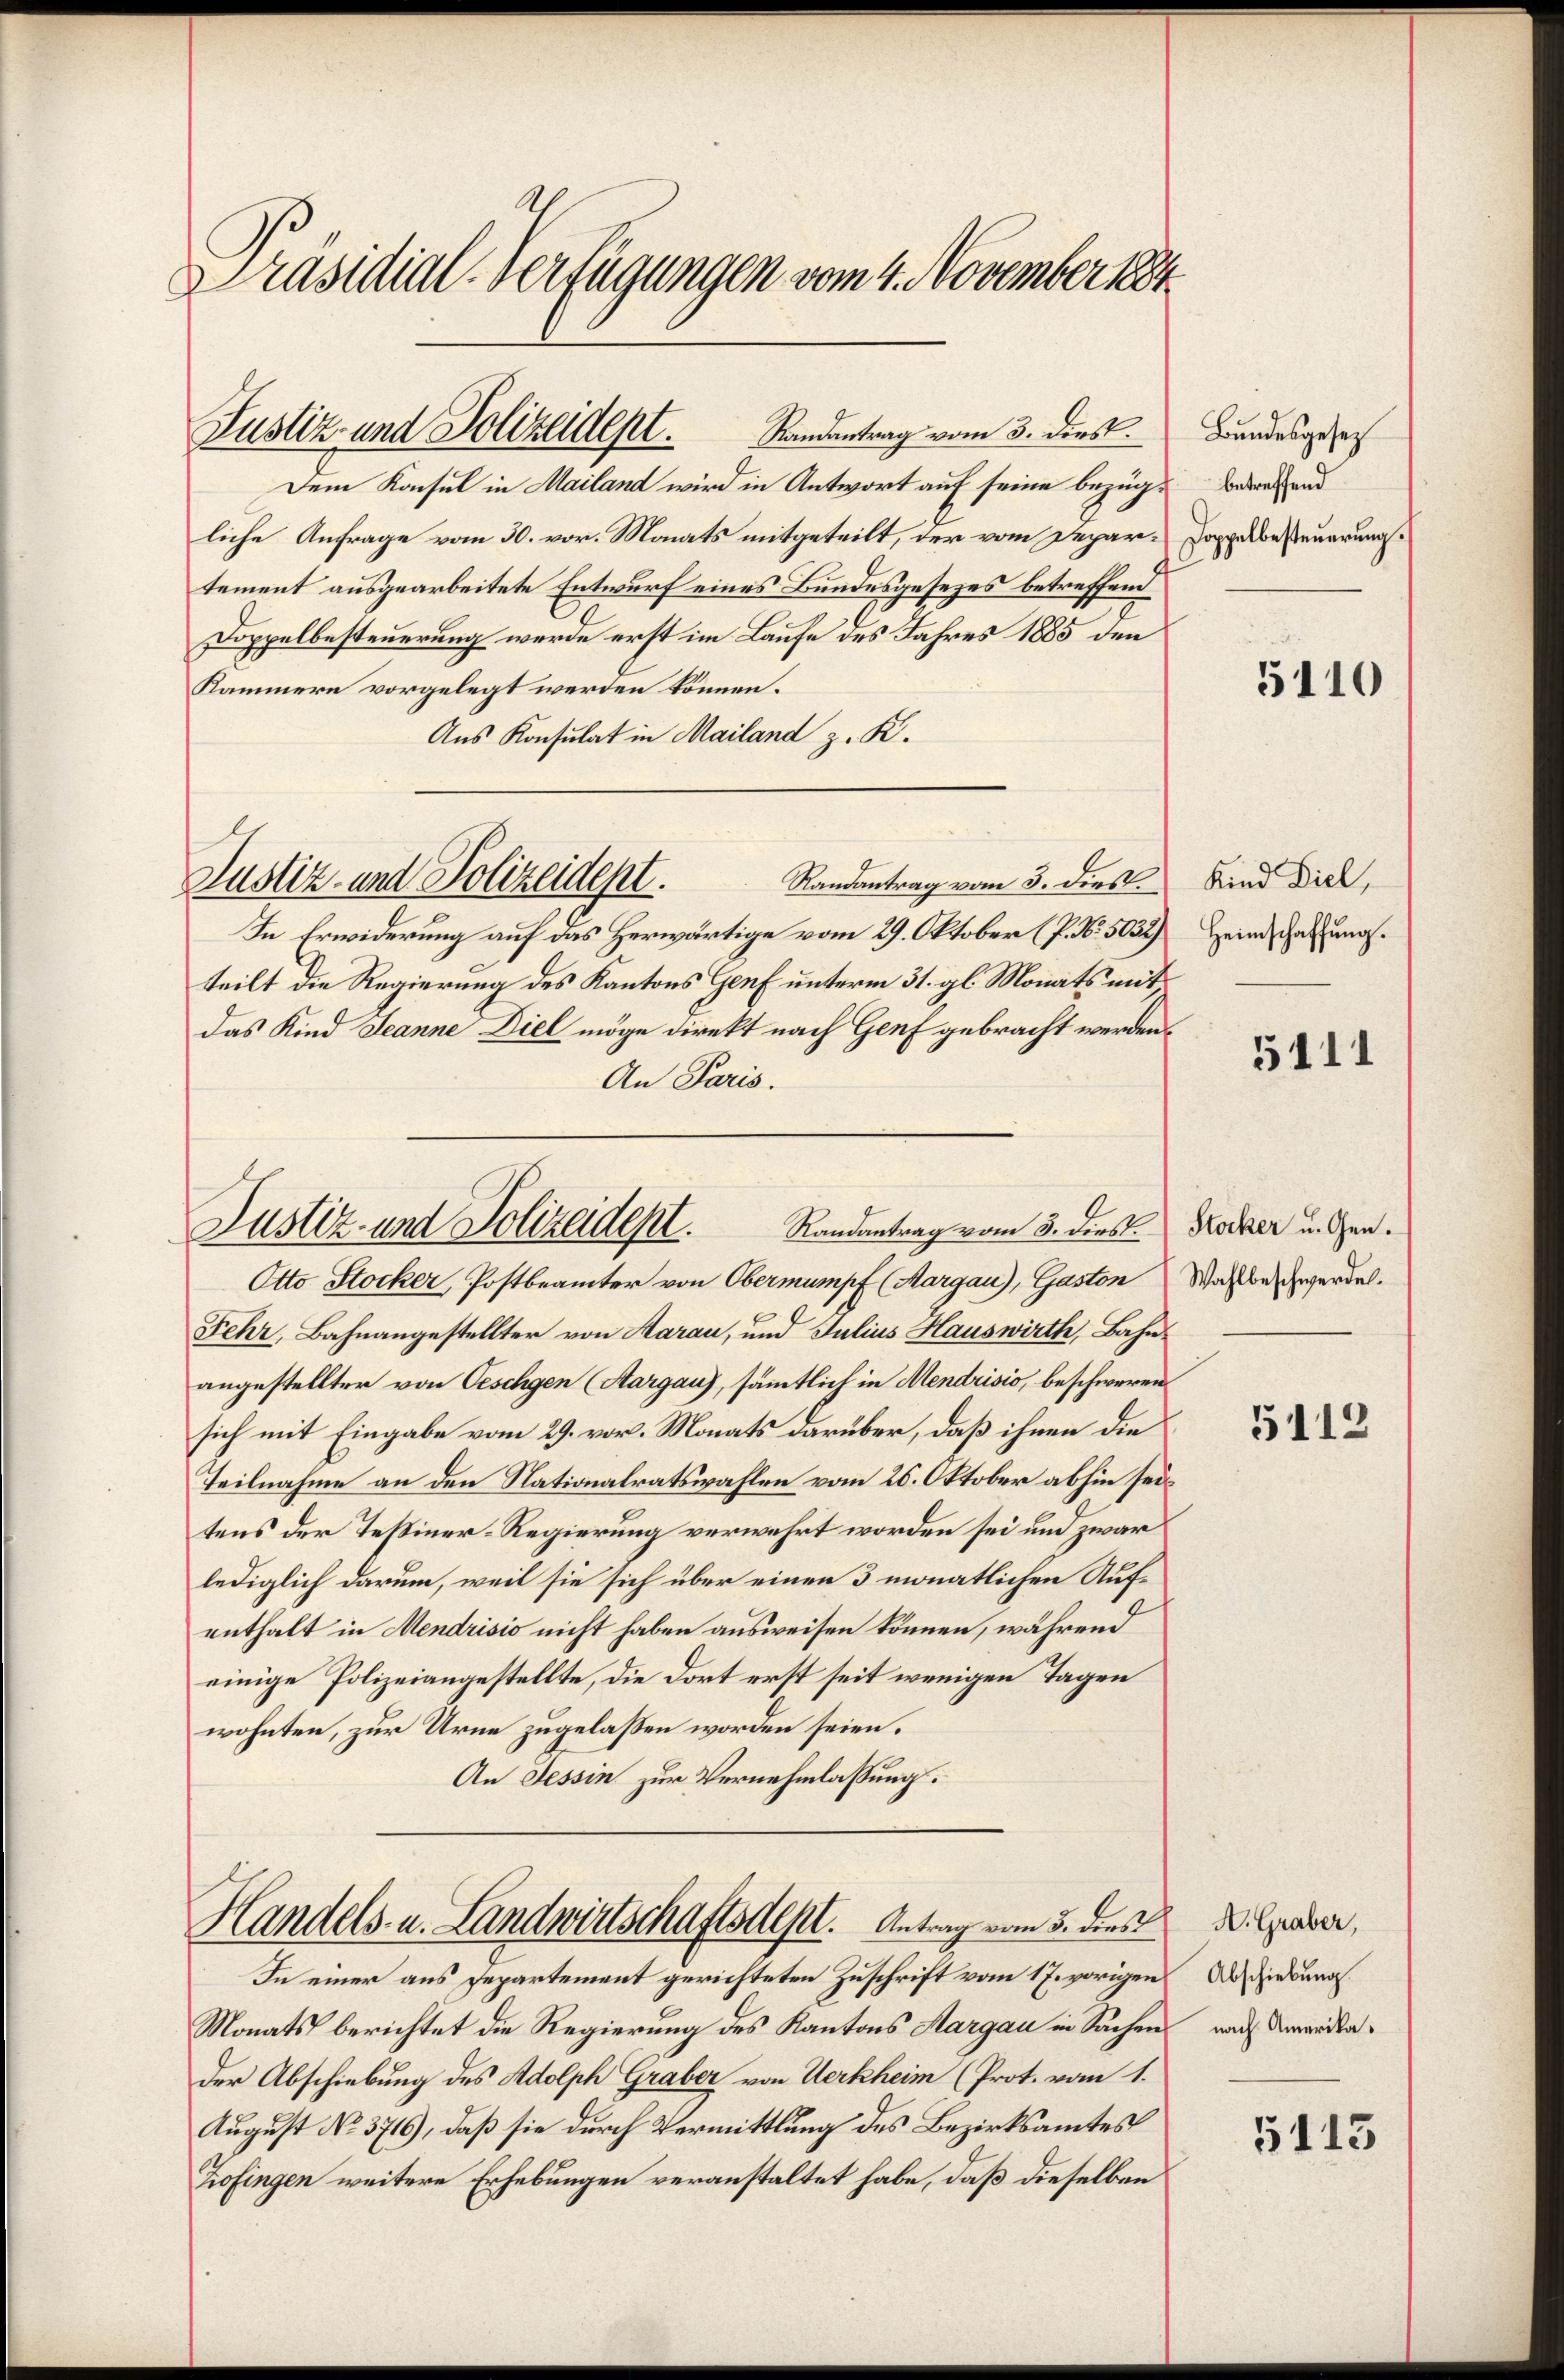
Präsidial-Verfügungen vom 4. November 1884

Justiz- und Polizeident.
Dem Konsul in Mailand wird in Antwort auf seine bezüg¬

Justiz- und Polizeidept.

Randantrag vom 3. dies
liche Anfrage vom 30. vor. Monats mitgeteilt, der vom Departement ausgearbeitete Entwurf eines Bundesgesezes betreffend
Doppelbesteuerung werde erst im Laufe des Jahres 1885 den
Kammern vorgelegt werden können.
Aus Konsulat in Mailand z. K.
Randantrag vom 3. dies.
In Erwiderung auf das Herwärtige vom 29. Oktober (P. Nr. 5032)
teilt die Regierung des Kantons Genf unterm 31. gl. Monats mitdas Kind Jeanne Diel möge direkt nach Genf gebracht werden.
An Paris.
Randantrag vom 3. dies.
Justiz- und Polizeident.
Otto Stocker, Postbeamter von Obermumpf (Aargau), Gaston
Fehr, Bahnangestellter von Aarau, und Julius Hauswirth, Bahn-
angestellter von Oeschgen (Aargau), sämmtlich in Mendrisio, beschweren
sich mit Eingabe vom 29. vor. Monats darüber, daß ihnen die
Teilnahme an den Nationalratswahlen vom 20. Oktober abhin seitens der Tessiner-Regierung verwehrt worden sei und zwar
lediglich darum, weil sie sich über einen 3 monatlichen Aufenthalt in Mendrisio nicht haben ausweisen können, während
einige Polizeiangestellte, die dort erst seit wenigen Tagen
wohnten, zur Urne zugelassen worden seien.
An Tessin zur Vernehmlassung.

Handels- u. Landwirtschaftsdest. Antrag vom 5. dies
In einer aus Departement gerichteten Zuschrift vom 17. vorigen

Monats berichtet die Regierung des Kantons Aargau in Sachen
der Abschiebung des Adolph Graber von Werkheim (Prot. vom 1.
August No 3716), daß sie durch Vermittlung des Bezirksamtes
Zofingen weitere Erhebungen veranstaltet habe, daß dieselben

Bundesgesetz
betreffend
Doppelbesteuerung.

5110

Kind Diel,
Heimschaffung.

5111

Stocker u. Gen.
Wahlbeschwerde.

5112

A. Graber,
Abschiebung
nach Amerika¬

5113